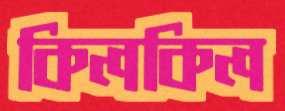
কিলকিল